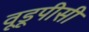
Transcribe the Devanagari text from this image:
वूडूपीसी